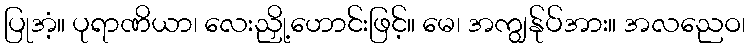
ပြုအံ့။ ပုရာဏိယာ၊ လေးညှို့ဟောင်းဖြင့်။ မေ၊ အကျွန်ုပ်အား။ အလညေဝ၊